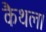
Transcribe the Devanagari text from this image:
कैथल।